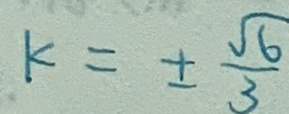
k = \pm \frac { \sqrt { 6 } } { 3 }